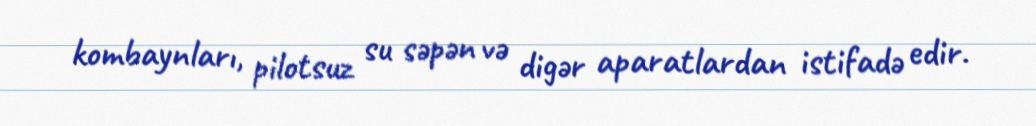
kombaynları, pilotsuz su səpən və digər aparatlardan istifadə edir.